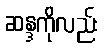
ဆန္ဒကိုလည်း